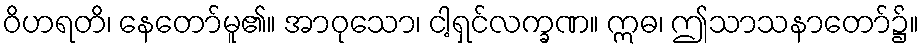
ဝိဟရတိ၊ နေတော်မူ၏။ အာဝုသော၊ ငါ့ရှင်လက္ခဏ။ ဣဓ၊ ဤသာသနာတော်၌။